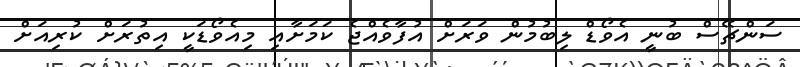
ސަންޗޭސް ބުނީ އެވޯޑް ލިބުމުން ވަރަށް އުފާވެއްޖެ ކަމަށާއި މިއެވޯޑަކީ އިތުރަށް ކުރިއަށް